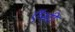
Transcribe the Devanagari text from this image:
ऍसी